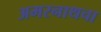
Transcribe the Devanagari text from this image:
अमरनाथचा